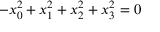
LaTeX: - x _ { 0 } ^ { 2 } + x _ { 1 } ^ { 2 } + x _ { 2 } ^ { 2 } + x _ { 3 } ^ { 2 } = 0